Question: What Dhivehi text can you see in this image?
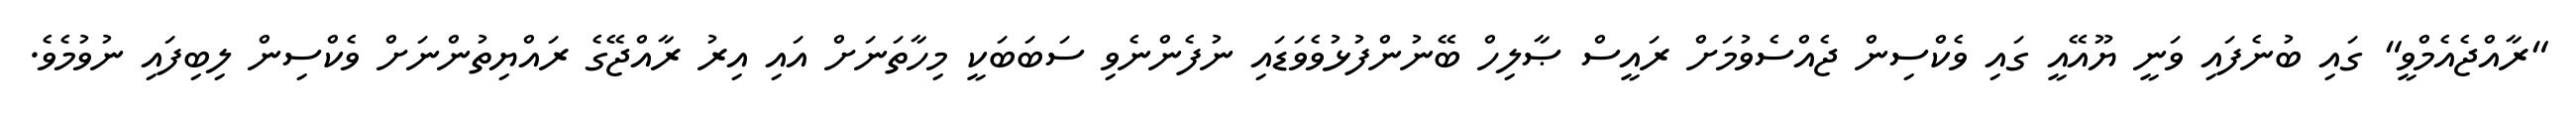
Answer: "ރާއްޖެއެމްވީ" ގައި ބުނެފައި ވަނީ ޔޫއޭއީ ގައި ވެކްސިން ޖެއްސެވުމަށް ރައީސް ޞާލިހް ބޭނުންފުޅުވެވަޑައި ނުފެންނެވި ސަބަބަކީ މިހާތަނަށް އައި އިރު ރާއްޖޭގެ ރައްޔިތުންނަށް ވެކްސިން ލިބިފައި ނުވުމެވެ.